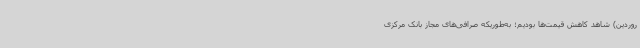
روردین) شاهد کاهش قیمت‌ها بودیم؛ به‌طوریکه صرافی‌های مجاز بانک مرکزی